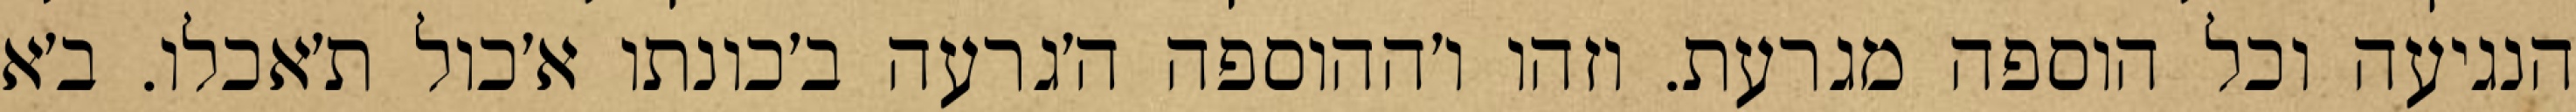
הנגיעה וכל הוספה מגרעת. וזהו ו׳ההוספה ה׳גרעה ב׳כונתו א׳כול ת׳אכלו. ב׳א